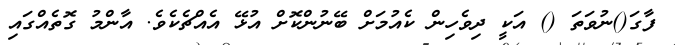
ފާގަ()ނުވަތަ () އަކީ ދިވެހިން ކެއުމަށް ބޭނުންކޮށް އުޅޭ އެއްޗެކެވެ. އާންމު ގޮތެއްގައި